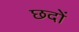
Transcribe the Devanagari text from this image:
छदों